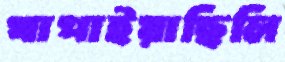
খাপাইয়াছিলি